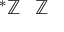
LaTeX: ^ { * } \mathbb { Z } \setminus \mathbb { Z }